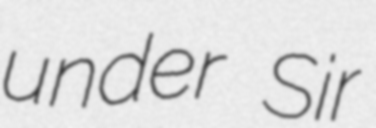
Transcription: under Sir